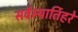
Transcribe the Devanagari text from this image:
सर्वस्यार्तिहरे